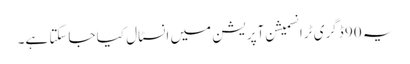
یہ 90 ڈگری ٹرانسمیشن آپریشن میں انسٹال کیا جاسکتا ہے۔